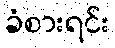
ခံစားရင်း